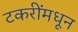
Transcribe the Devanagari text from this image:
टकरींमधून